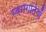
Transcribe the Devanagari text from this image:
स्वर्गगतियाँ